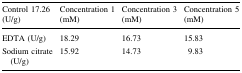
<table><thead><tr><td><b>Control 17.26 (U/g)</b></td><td><b>Concentration 1 (mM)</b></td><td><b>Concentration 3 (mM)</b></td><td><b>Concentration 5 (mM)</b></td></tr></thead><tbody><tr><td>EDTA (U/g)</td><td>18.29</td><td>16.73</td><td>15.83</td></tr><tr><td>Sodium citrate (U/g)</td><td>15.92</td><td>14.73</td><td>9.83</td></tr></tbody></table>